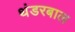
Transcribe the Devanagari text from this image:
थंडरबाल